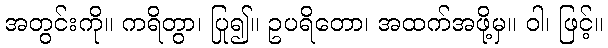
အတွင်းကို။ ကရိတွာ၊ ပြု၍။ ဥပရိတော၊ အထက်အဖို့မှ။ ဝါ၊ ဖြင့်။